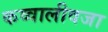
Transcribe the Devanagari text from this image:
कव्वालीवजा